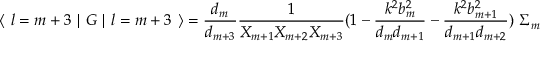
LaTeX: \langle \ l = m + 3 \ \vert \ G \ \vert \ l = m + 3 \ \rangle = { \frac { d _ { m } } { d _ { m + 3 } } } { \frac { 1 } { X _ { m + 1 } X _ { m + 2 } X _ { m + 3 } } } ( 1 - { \frac { k ^ { 2 } b _ { m } ^ { 2 } } { d _ { m } d _ { m + 1 } } } - { \frac { k ^ { 2 } b _ { m + 1 } ^ { 2 } } { d _ { m + 1 } d _ { m + 2 } } } ) \ \Sigma _ { m }